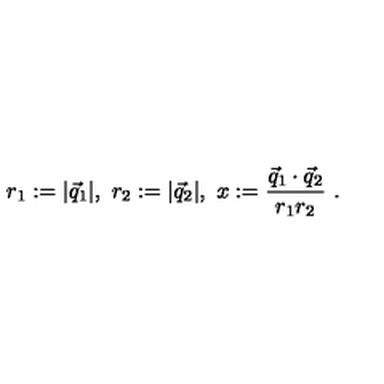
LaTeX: r _ { 1 } : = | \vec { q } _ { 1 } | , \ r _ { 2 } : = | \vec { q } _ { 2 } | , \ x : = \frac { \vec { q } _ { 1 } \cdot \vec { q } _ { 2 } } { r _ { 1 } r _ { 2 } } \ .